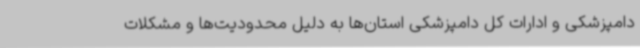
دامپزشکی و ادارات کل دامپزشکی استان‌ها به دلیل محدودیت‌ها و مشکلات